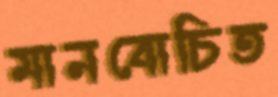
মানবোচিত